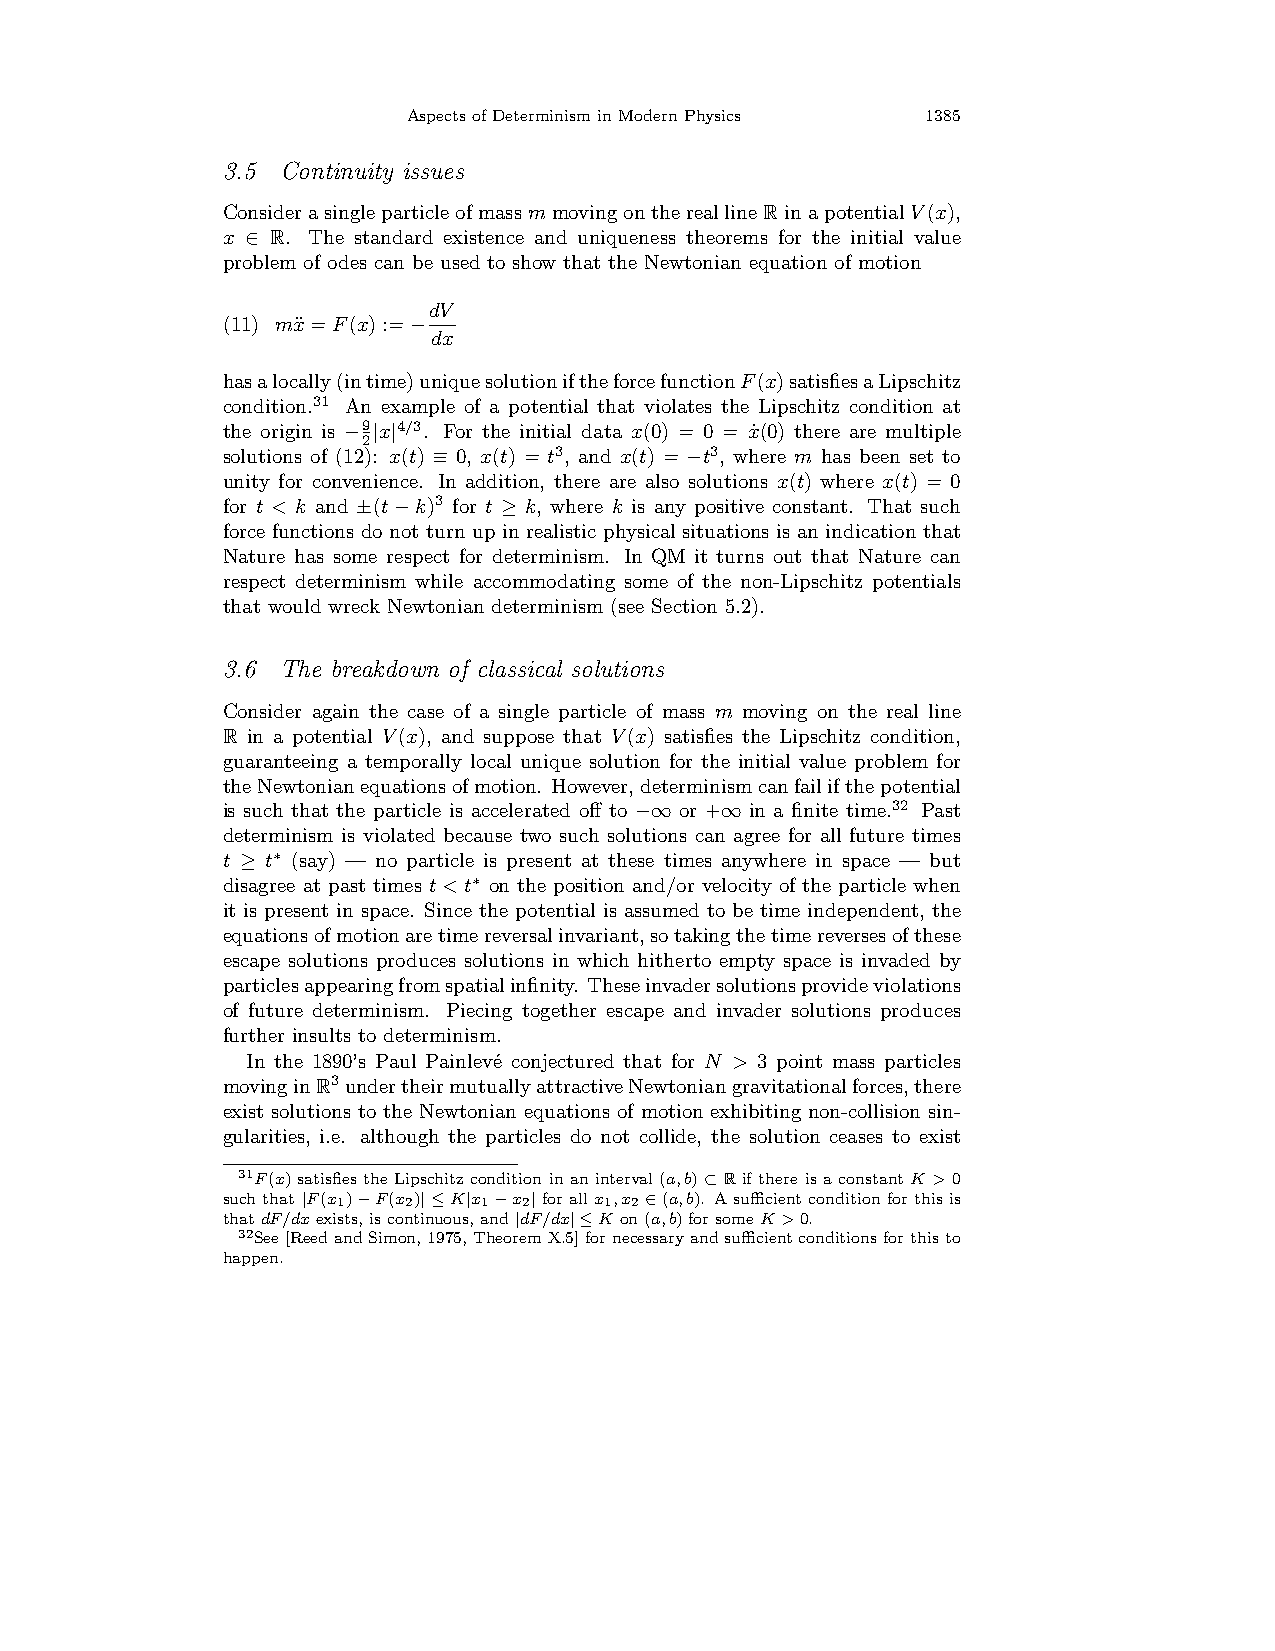
AspectsofDeterminisminModernPhysics 1385
 3.5 Continuity issues
 ConsiderasingleparticleofmassmmovingonthereallineRinapotentialV(x),
 x ∈ R. The standard existence and uniqueness theorems for the initial value
 problem of odes can be used to show that the Newtonian equation of motion
 dV
 (11) mx¨=F(x):=−
 dx
 hasalocally(intime)uniquesolutioniftheforcefunctionF(x)satisfiesaLipschitz
 condition.31 An example of a potential that violates the Lipschitz condition at
 the origin is
 −9|x|4/3.
 For the initial data x(0) = 0 = x˙(0) there are multiple
 2
 solutions of (12): x(t) ≡ 0, x(t) = t3, and x(t) = −t3, where m has been set to
 unity for convenience. In addition, there are also solutions x(t) where x(t) = 0
 for t < k and ±(t−k)3 for t ≥ k, where k is any positive constant. That such
 force functions do not turn up in realistic physical situations is an indication that
 Nature has some respect for determinism. In QM it turns out that Nature can
 respect determinism while accommodating some of the non-Lipschitz potentials
 that would wreck Newtonian determinism (see Section 5.2).
 3.6 The breakdown of classical solutions
 Consider again the case of a single particle of mass m moving on the real line
 R in a potential V(x), and suppose that V(x) satisfies the Lipschitz condition,
 guaranteeing a temporally local unique solution for the initial value problem for
 theNewtonianequationsofmotion. However,determinismcanfailifthepotential
 is such that the particle is accelerated off to −∞ or +∞ in a finite time.32 Past
 determinism is violated because two such solutions can agree for all future times
 t ≥ t∗ (say) — no particle is present at these times anywhere in space — but
 disagree at past times t<t∗ on the position and/or velocity of the particle when
 it is present in space. Since the potential is assumed to be time independent, the
 equationsofmotionaretimereversalinvariant,sotakingthetimereversesofthese
 escape solutions produces solutions in which hitherto empty space is invaded by
 particlesappearingfromspatialinfinity. Theseinvadersolutionsprovideviolations
 of future determinism. Piecing together escape and invader solutions produces
 further insults to determinism.
 In the 1890’s Paul Painlev´e conjectured that for N > 3 point mass particles
 movinginR3undertheirmutuallyattractiveNewtoniangravitationalforces,there
 exist solutions to the Newtonian equations of motion exhibiting non-collision sin-
 gularities, i.e. although the particles do not collide, the solution ceases to exist
 31F(x) satisfies the Lipschitz condition in an interval (a,b)⊂R if there is a constant K >0
 such that |F(x1)−F(x2)|≤K|x1−x2| for all x1,x2 ∈(a,b). A sufficient condition for this is
 thatdF/dxexists,iscontinuous,and|dF/dx|≤K on(a,b)forsomeK>0.
 32See[ReedandSimon,1975,TheoremX.5]fornecessaryandsufficientconditionsforthisto
 happen.